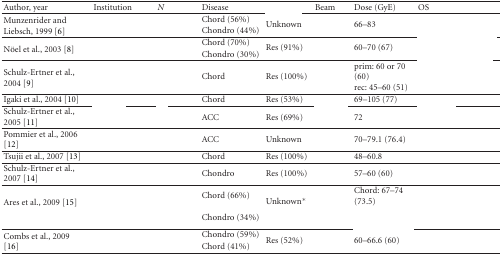
<table><thead><tr><td><b>Author, year</b></td><td><b>Institution</b></td><td><b><i>N </i></b></td><td><b>Disease</b></td><td>[EMPTY_CELL]</td><td><b>Beam</b></td><td><b>Dose (GyE)</b></td><td><b>OS</b></td></tr></thead><tbody><tr><td rowspan="2">Munzenrider and Liebsch, 1999 [6]</td><td rowspan="2">[EMPTY_CELL]</td><td rowspan="2">[EMPTY_CELL]</td><td>Chord (56%)</td><td rowspan="2">Unknown</td><td rowspan="2">[EMPTY_CELL]</td><td rowspan="2">66–83</td><td>[EMPTY_CELL]</td></tr><tr><td>Chondro (44%)</td><td>[EMPTY_CELL]</td></tr><tr><td rowspan="2">Nöel et al., 2003 [8]</td><td rowspan="2">[EMPTY_CELL]</td><td rowspan="2">[EMPTY_CELL]</td><td>Chord (70%)</td><td rowspan="2">Res (91%)</td><td rowspan="2">[EMPTY_CELL]</td><td rowspan="2">60–70 (67)</td><td>[EMPTY_CELL]</td></tr><tr><td>Chondro (30%)</td><td>[EMPTY_CELL]</td></tr><tr><td rowspan="2">Schulz-Ertner et al., 2004 [9]</td><td rowspan="2">[EMPTY_CELL]</td><td rowspan="2">[EMPTY_CELL]</td><td rowspan="2">Chord</td><td rowspan="2">Res (100%)</td><td rowspan="2">[EMPTY_CELL]</td><td>prim: 60 or 70 (60)</td><td rowspan="2">[EMPTY_CELL]</td></tr><tr><td>rec: 45–60 (51)</td></tr><tr><td>Igaki et al., 2004 [10]</td><td>[EMPTY_CELL]</td><td>[EMPTY_CELL]</td><td>Chord</td><td>Res (53%)</td><td>[EMPTY_CELL]</td><td>69–105 (77)</td><td>[EMPTY_CELL]</td></tr><tr><td>Schulz-Ertner et al., 2005 [11]</td><td>[EMPTY_CELL]</td><td>[EMPTY_CELL]</td><td>ACC</td><td>Res (69%)</td><td>[EMPTY_CELL]</td><td>72</td><td>[EMPTY_CELL]</td></tr><tr><td>Pommier et al., 2006 [12]</td><td>[EMPTY_CELL]</td><td>[EMPTY_CELL]</td><td>ACC</td><td>Unknown</td><td>[EMPTY_CELL]</td><td>70–79.1 (76.4)</td><td>[EMPTY_CELL]</td></tr><tr><td>Tsujii et al., 2007 [13]</td><td>[EMPTY_CELL]</td><td>[EMPTY_CELL]</td><td>Chord</td><td>Res (100%)</td><td>[EMPTY_CELL]</td><td>48–60.8</td><td>[EMPTY_CELL]</td></tr><tr><td>Schulz-Ertner et al., 2007 [14]</td><td>[EMPTY_CELL]</td><td>[EMPTY_CELL]</td><td>Chondro</td><td>Res (100%)</td><td>[EMPTY_CELL]</td><td>57–60 (60)</td><td>[EMPTY_CELL]</td></tr><tr><td rowspan="2">Ares et al., 2009 [15]</td><td rowspan="2">[EMPTY_CELL]</td><td rowspan="2">[EMPTY_CELL]</td><td>Chord (66%)</td><td rowspan="2">Unknown*</td><td rowspan="2">[EMPTY_CELL]</td><td>Chord: 67–74 (73.5)</td><td>[EMPTY_CELL]</td></tr><tr><td>Chondro (34%)</td><td>[EMPTY_CELL]</td><td>[EMPTY_CELL]</td></tr><tr><td rowspan="2">Combs et al., 2009 [16]</td><td rowspan="2">[EMPTY_CELL]</td><td rowspan="2">[EMPTY_CELL]</td><td>Chondro (59%)</td><td rowspan="2">Res (52%)</td><td rowspan="2">[EMPTY_CELL]</td><td rowspan="2">60–66.6 (60)</td><td rowspan="2">[EMPTY_CELL]</td></tr><tr><td>Chord (41%)</td></tr></tbody></table>